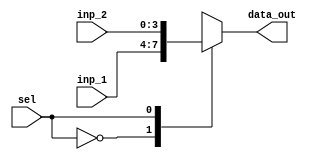
`timescale 1ns / 1ps
//////////////////////////////////////////////////////////////////////////////////
// Company: 
// Engineer: 
// 
// Design Name: 
// Module Name: mux_2to1_4bit
// Project Name: 
// Target Devices: 
// Tool Versions: 
// Description: 
// 
// Dependencies: 
// 
// Revision:
// Revision 0.01 - File Created
// Additional Comments:
// 
//////////////////////////////////////////////////////////////////////////////////


module mux_2to1_4bit(
input [3:0] inp_1,
input [3:0] inp_2,
input sel,
output reg [3:0] data_out
);

always @(*)
begin
  case (sel)
    1'b0: data_out = inp_1;
    1'b1: data_out = inp_2;
    default: data_out = inp_1;
  endcase
end

endmodule